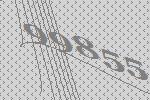
99855